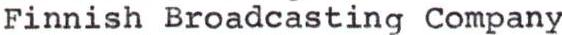
Finnish Broadcasting Company